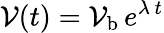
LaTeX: \mathcal{V}(t)=\mathcal{V}_{\mathrm{{b}}}\, e^{\lambda\, t}